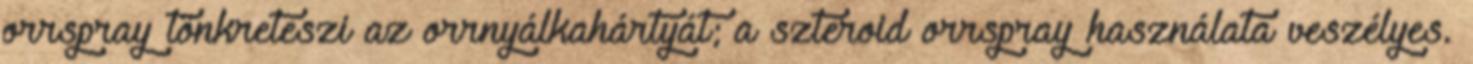
orrspray tönkreteszi az orrnyálkahártyát; a szteroid orrspray használata veszélyes.